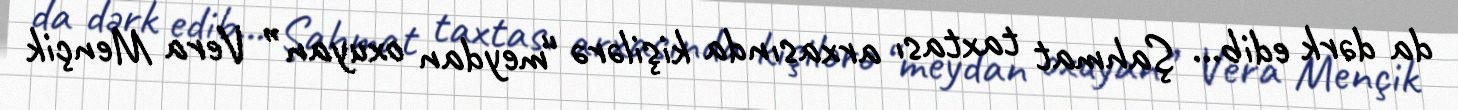
da dərk edib... Şahmat taxtası arxasında kişilərə “meydan oxuyan” Vera Mençik